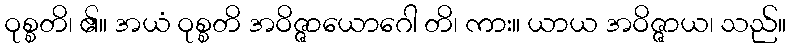
ဝုစ္စတိ၊ ၏။ အယံ ဝုစ္စတိ အဝိဇ္ဇာယောဂေါ တိ၊ ကား။ ယာယ အဝိဇ္ဇာယ၊ သည်။